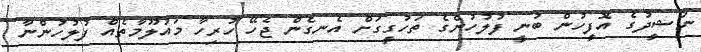
ނަޝީދުގެ އޮފީހުން ބުނީ ފުލުހުންގެ ތަހުގީގަށް އެނގެން ޖެހޭ ހުރިހާ މައުލޫމާތެއް ފުލުހުންނާ